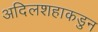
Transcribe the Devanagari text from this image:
अदिलशहाकडुन